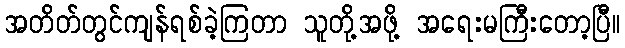
အတိတ်တွင်ကျန်ရစ်ခဲ့ကြတာ သူတို့အဖို့ အရေးမကြီးတော့ပြီ။